Annual report of the Punjab Veterinary College and of the Civil Veterinary Department, Punjab - 1926-1932
Year: 1926
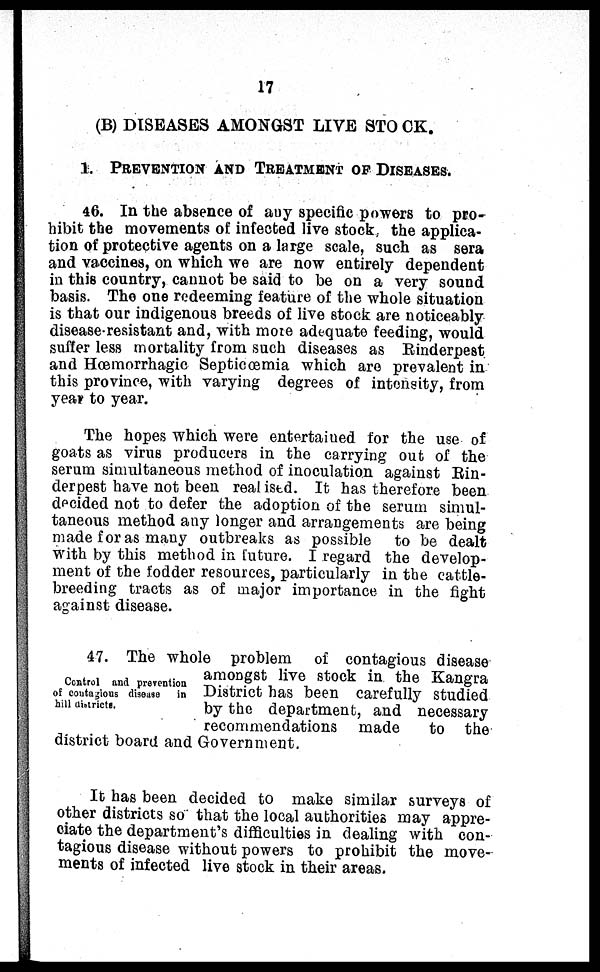
17
(B) DISEASES AMONGST LIVE STOCK.
1. PREVENTION AND TREATMENT OF DISEASES.
46. In the absence of any specific powers to pro-
hibit the movements of infected live stock, the applica-
tion of protective agents on a large scale, such as sera
and vaccines, on which we are now entirely dependent
in this country, cannot be said to be on a very sound
basis. The one redeeming feature of the whole situation
is that our indigenous breeds of live stock are noticeably
disease-resistant and, with more adequate feeding, would
suffer less mortality from such diseases as Rinderpest
and Hœmorrhagic Septicœmia which are prevalent in
this province, with varying degrees of intensity, from
year to year.
The hopes which were entertained for the use of
goats as virus producers in the carrying out of the
serum simultaneous method of inoculation against Rin-
derpest have not been realised. It has therefore been
decided not to defer the adoption of the serum simul-
taneous method any longer and arrangements are being
made for as many outbreaks as possible to be dealt
with by this method in future. I regard the develop-
ment of the fodder resources, particularly in the cattle-
breeding tracts as of major importance in the fight
against disease.
Control and prevention
of contagious disease
in
hill districts.
47. The whole problem of contagious disease
amongst live stock in the Kangra
District has been carefully studied
by the department, and necessary
recommendations made
to the
district board and Government.
It has been decided to make similar surveys of
other districts so that the local authorities may appre-
ciate the department's difficulties in dealing with con-
tagious disease without powers to prohibit the move-
ments of infected live stock in their areas.